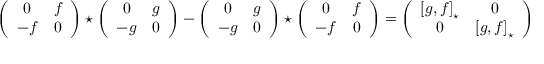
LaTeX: \left( \begin{array} { c c } { { 0 } } & { { f } } \\ { { - f } } & { { 0 } } \end{array} \right) \star \left( \begin{array} { c c } { { 0 } } & { { g } } \\ { { - g } } & { { 0 } } \end{array} \right) - \left( \begin{array} { c c } { { 0 } } & { { g } } \\ { { - g } } & { { 0 } } \end{array} \right) \star \left( \begin{array} { c c } { { 0 } } & { { f } } \\ { { - f } } & { { 0 } } \end{array} \right) = \left( \begin{array} { c c } { { \left[ g , f \right] _ { \star } } } & { { 0 } } \\ { { 0 } } & { { \left[ g , f \right] _ { \star } } } \end{array} \right)